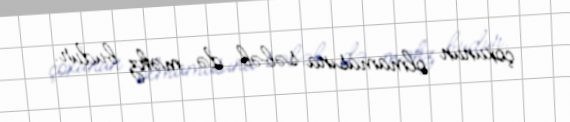
çoxunun olmamasına səbəb də məhz budur.